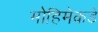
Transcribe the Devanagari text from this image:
मोहिमेकडे